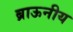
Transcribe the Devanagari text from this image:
ब्राऊनीय